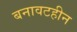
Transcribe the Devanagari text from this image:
बनावटहीन